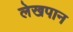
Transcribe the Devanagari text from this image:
लेखपान